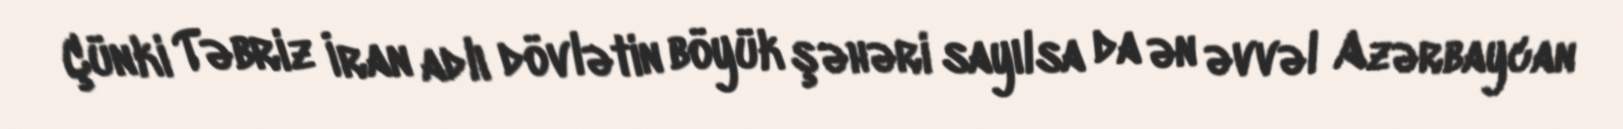
Çünki Təbriz İran adlı dövlətin böyük şəhəri sayılsa da ən əvvəl Azərbaycan